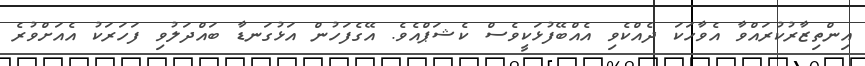
އިންތިޒާރުކުރައްވާ އެވާހަކަ ދެއްކެވި އެއްބޭފުޅަކީވެސް ކެޝަޕްއެވެ. އޭގެފަހުން އަޅުގަނޑާ ބައްދަލުވި ފަހަރަކު އެއަށްވުރެ